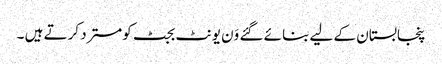
پنجابستان کے لیے بنائے گئے وَن یونٹ بجٹ کومسترد کرتے ہیں ۔